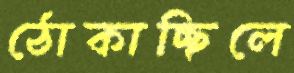
ঠোকাচ্ছিলে